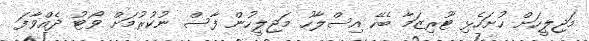
މަޖިލީހަށް ހުށަހެޅި ޓޫރިޒަމާ ބެހޭ އިސްލާހު މަޖިލީހުން ފާސް ނުކުރުމަށް ވޯޓު ދެއްވާފަ